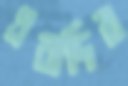
এবাদির